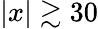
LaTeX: |x|\gtrsim 30